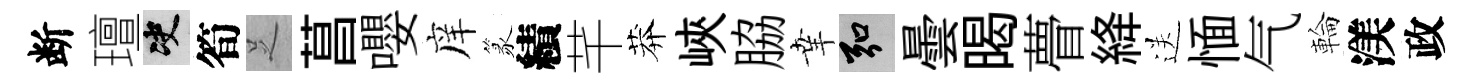
断璮决筍𠯁菖嚶庠篆績芊莽峽脇𦍒弘曇暍瞢絳送愐气輪渼政